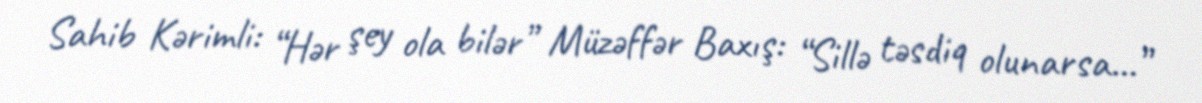
Sahib Kərimli: “Hər şey ola bilər” Müzəffər Baxış: “Sillə təsdiq olunarsa...”